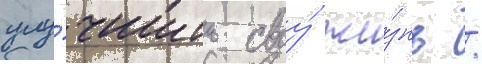
улу́чшить своу́ жи́знь /